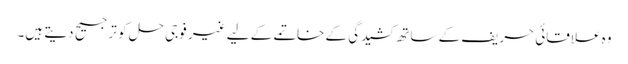
وہ علاقائی حریف کے ساتھ کشیدگی کے خاتمے کے لیے غیر فوجی حل کو ترجیح دیتے ہیں۔